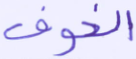
الخوف